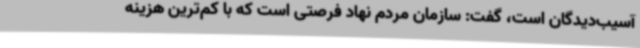
آسیب‌دیدگان است، گفت: سازمان مردم نهاد فرصتی است که با کم‌ترین هزینه